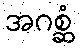
အဂစ္ဆံ